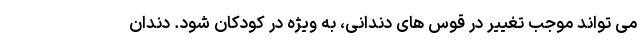
می تواند موجب تغییر در قوس های دندانی، به ویژه در کودکان شود. دندان